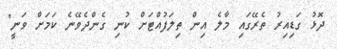
ދޮޅު ގަޑިއިރު ތެރޭގައި މާލެ އިން ތިލަފުއްޓަށް ކުނި ގެންދެވޭނެ ކަމަށް ވަނީ"